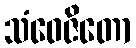
သံဝေဇိတော